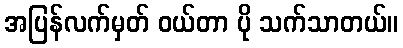
အပြန်လက်မှတ် ဝယ်တာ ပို သက်သာတယ်။